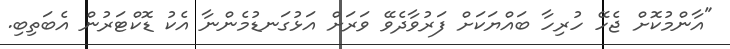
"އާންމުކޮށް ޖެހޭ ހުރިހާ ބައްޔަކަށް ފަރުވާދެވޭ ވަރަށް އަޅުގަނޑުމެންނާ އެކު ޑޮކްޓަރުން އެބަތިބި.